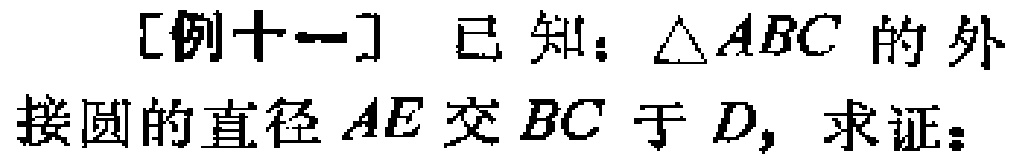
[例十一] 已知：\(\triangle ABC\)的外接圆的直径\(AE\)交\(BC\)于\(D\)，求证：